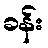
ခန်း